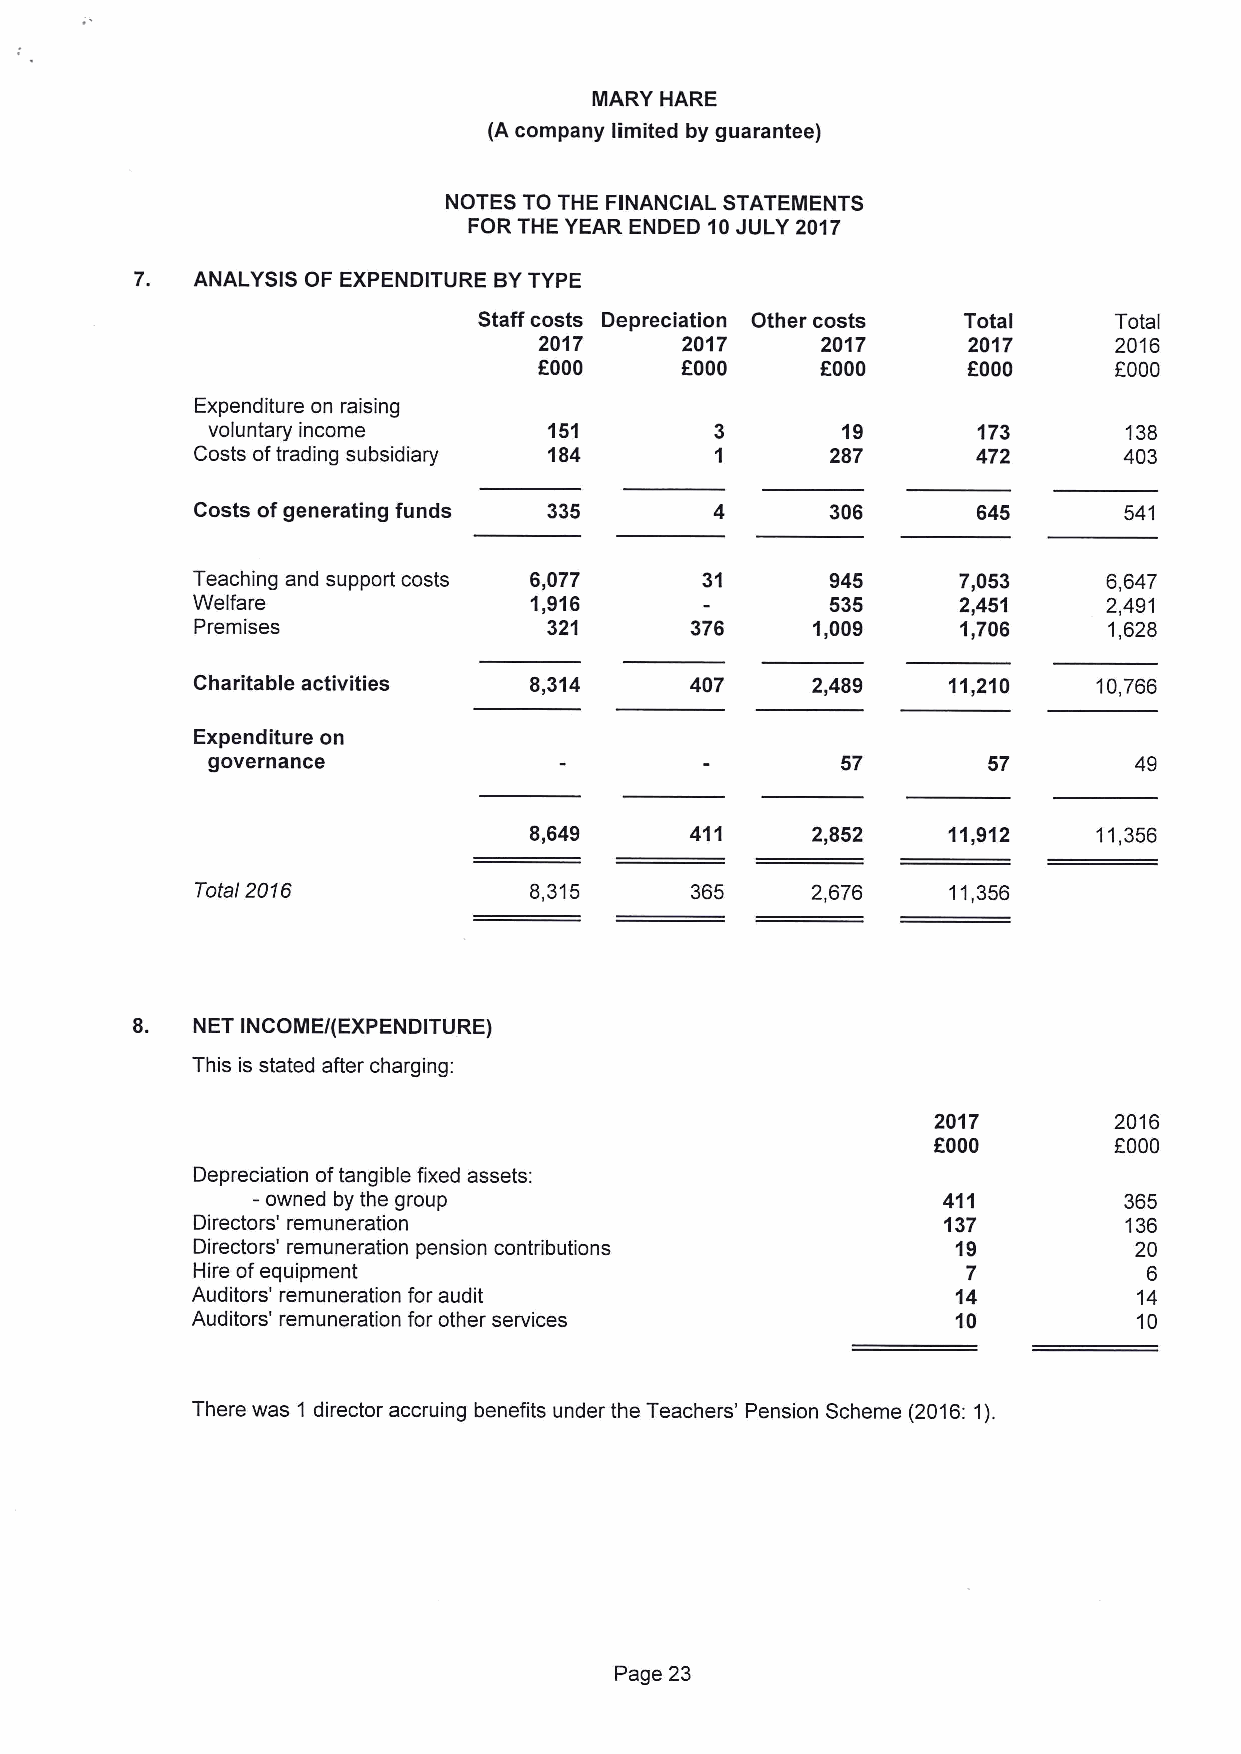
MARY HARE
 (A company limited by guarantee)
 NOTES TO THE FINANCIAL STATEMENTS
 FOR THE YEAR ENDED 10JULY 2017
 7.  ANALYSIS OF EXPENDITURE BYTYPE
 Staff costs Depreciation Other costs Total Total
 2017     2017     2017      2017      2016
 f000                        f000      f000
 OOOO     OOOO
 Expenditure on raising
 voluntary income      151                 19       173      138
 Costs oftrading subsidiary 184            287       472      403
 Costs ofgenerating funds 335              306       645      541
 Teaching and support costs 6,077 31       945     7,053     6,647
 Welfare               1,916               535     2,451     2,491
 Premises               321       376     1,009     1,706    1,628
 Charitable activities 8,314      407     2,489    11,210    10,766
 Expenditure on
 governance                                57       57        49
 8,649      411     2,852    11,912    11,356
 Total 2016            8,315      365     2,676    11,356
 8.  NET INCOME/(EXPENDITURE)
 This is stated after charging:
 2017        2016
 f000        f000
 Depreciation oftangible fixed assets:
 —owned by the group                          411         365
 Directors' remuneration                          137         136
 Directors' remuneration pension contributions     19          20
 Hire ofequipment                                   7           6
 Auditors' remuneration for audit                  14          14
 Auditors' remuneration for other services         10          10
 There was 1 director accruing benefits under the Teachers' Pension Scheme (2016:1).
 Page 23